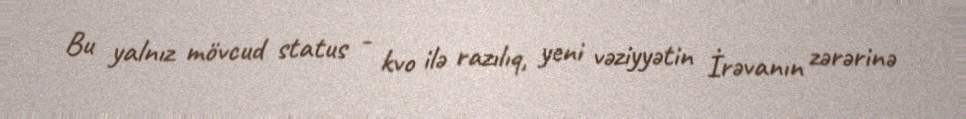
Bu yalnız mövcud status - kvo ilə razılıq, yeni vəziyyətin İrəvanın zərərinə